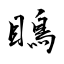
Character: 瞗